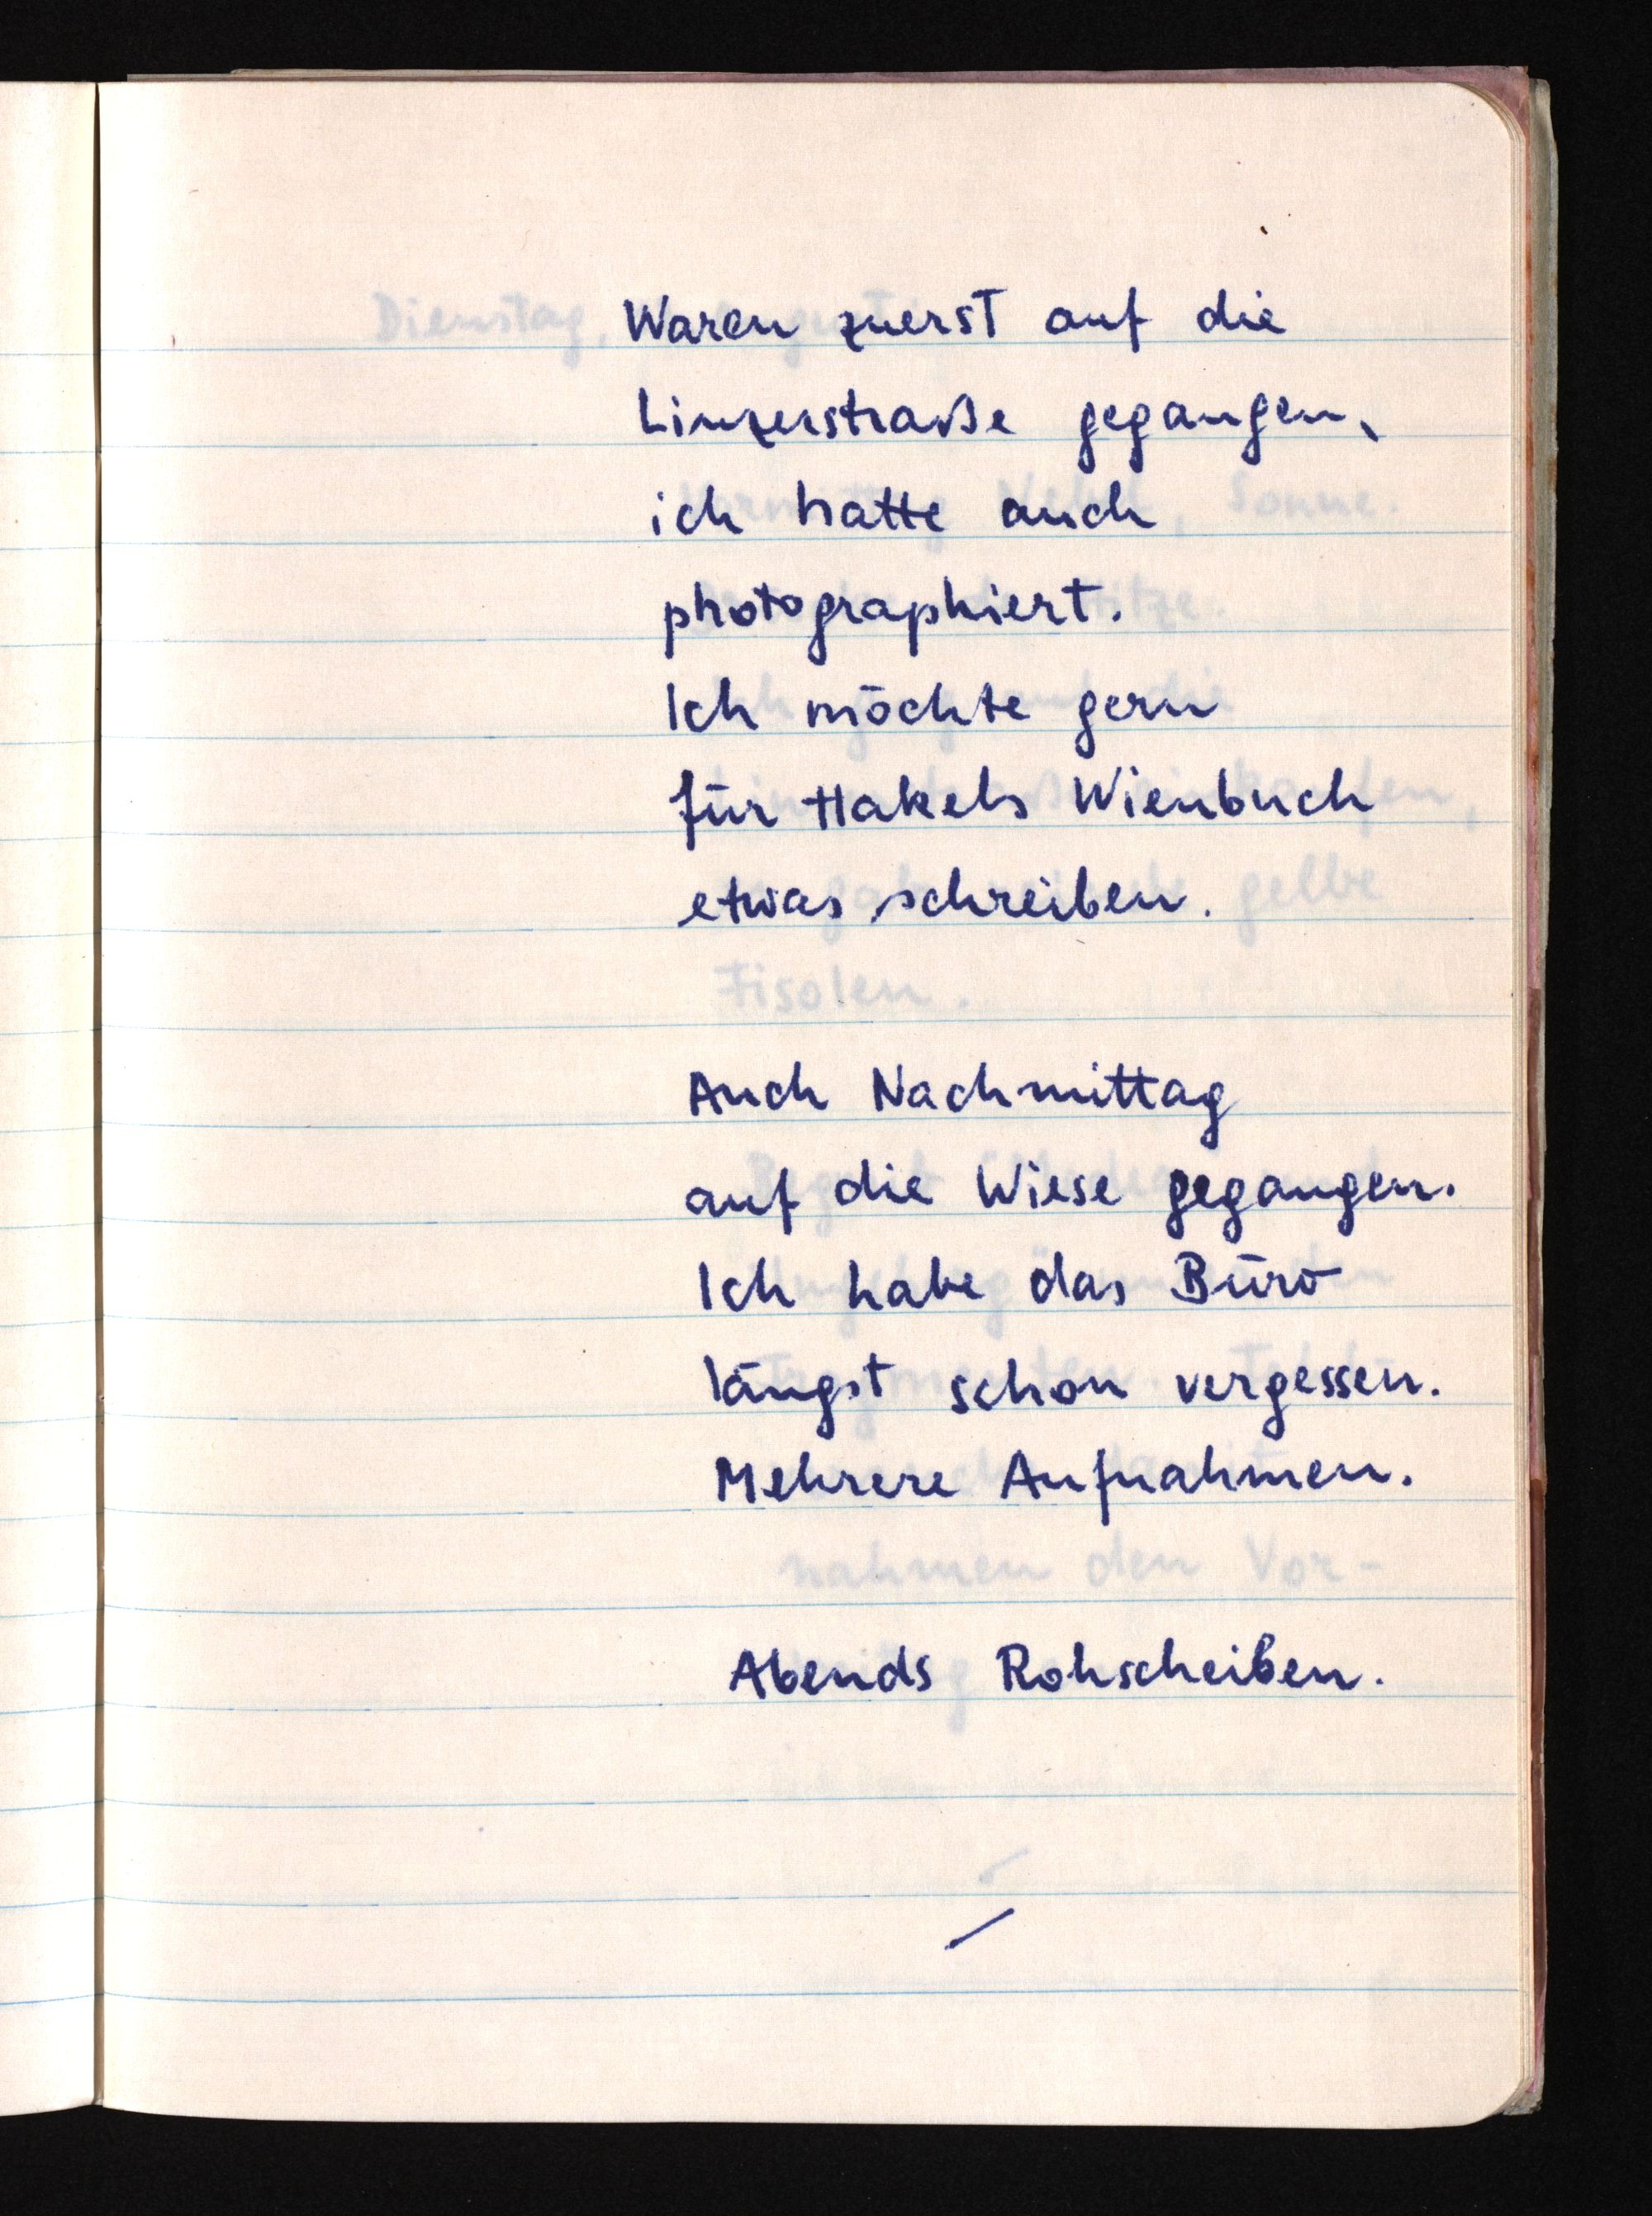
Waren zuerst auf die
Linzerstraße gegangen,
ich hatte auch
photographiert.
Ich möchte gern
für Hakels Wienbuch
etwas schreiben.
Auch Nachmittag
auf die Wiese gegangen.
Ich habe das Büro
längst schon vergessen.
Mehrere Aufnahmen.
Abends Rohscheiben.